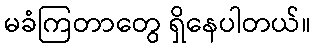
မခံကြတာတွေ ရှိနေပါတယ်။